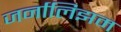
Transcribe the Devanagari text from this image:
जर्नालिझम